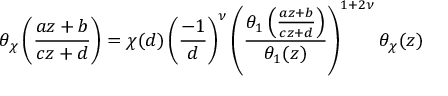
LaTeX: \theta _ { \chi } \left( { \frac { a z + b } { c z + d } } \right) = \chi ( d ) \left( { \frac { - 1 } { d } } \right) ^ { \nu } \left( { \frac { \theta _ { 1 } \left( { \frac { a z + b } { c z + d } } \right) } { \theta _ { 1 } ( z ) } } \right) ^ { 1 + 2 \nu } \theta _ { \chi } ( z )